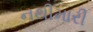
નથીમારી